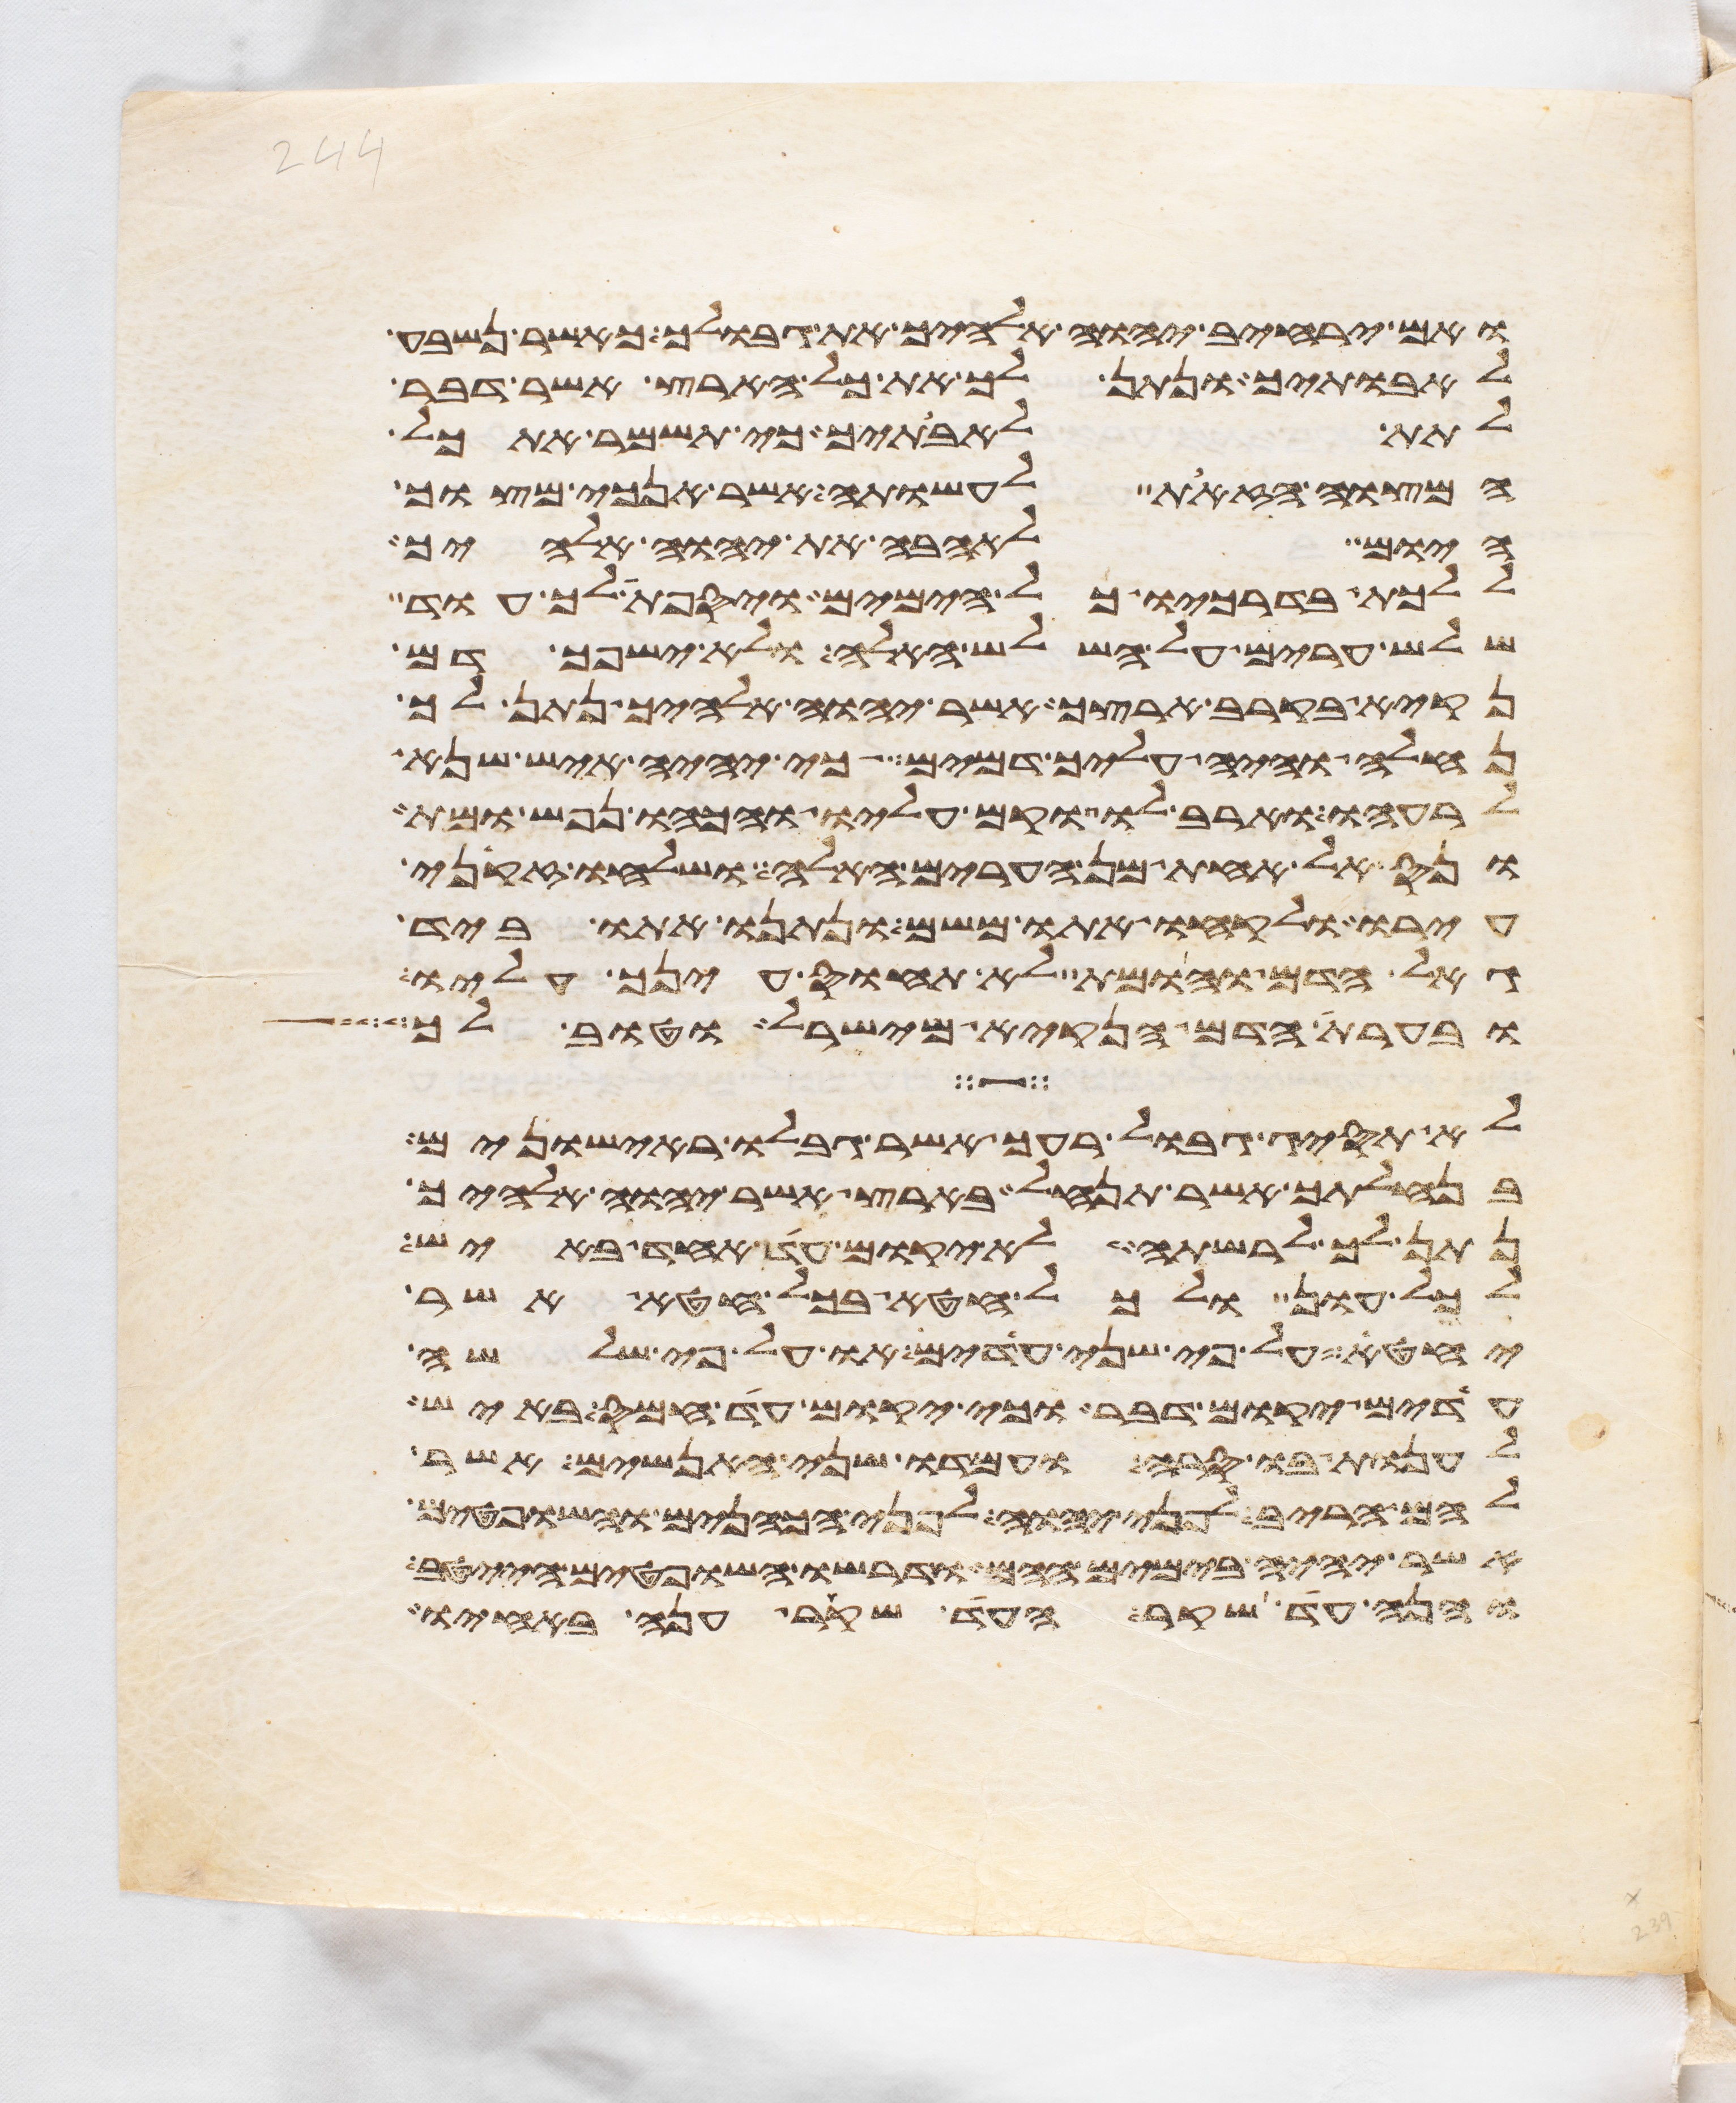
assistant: ואם ירחיב יהוה אלהיך את גבולך כאשר נשבע
לאבתיך ונתן לך את כל הארץ אשר דבר
לתת לאבתיך כי תשמר את כל
המצוה הזאת לעשותה אשר אנכי מצוך
היום לאהבה את יהוה אלהיך
ללכת בדרכיו כל הימים ויספת לך עוד
שלש ערים על השלש האלה ולא ישפך דם
נקיא בקרב ארצך אשר יהוה אלהיך נתן לך
נחלה והיה עליך דמים כי יהיה איש שנא
לרעהו וארב לו וקם עליו והכהו נפש ומת
ונס אל אחת מן הערים האלה ושלחו זקני
עירו ולקחו אתו משם ונתנו אתו ביד
גאל הדם והומת לא תחוס עינך עליו
ובערת הדם הנקיא מישראל וטוב לך
לא תסיג גבול רעך אשר גבלו ראישונים
בנחלתך אשר תנחל בארץ אשר יהוה אלהיך
נתן לך לרשתה לא יקום עד אחד באיש
לכל עון ולכל חטא בכל חטא אשר
יחטא על פי שני עדים או על פי שלשה
עדים יקום דבר וכי יקום עד חמס באיש
לענות בו סרה ועמדו שני האנשים אשר
להם הריב לפני יהוה לפני הכהנים והשפטים
אשר יהיה בימים ההם ודרשו השפטים הייטב
והנה עד שקר העד שקר ענה באחיו